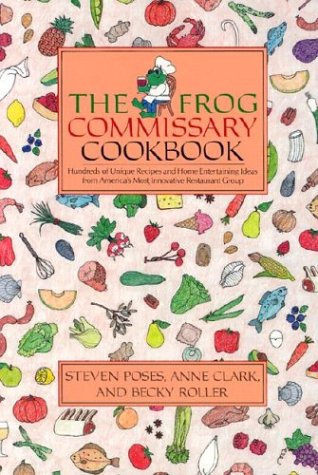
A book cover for The Frog Commissary Cookbook; Steven Poses; Cookbooks, Food & Wine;